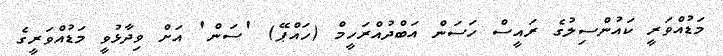
މަޑުއްވަރީ ކައުންސިލުގެ ރައީސް ހަސަން އަބްދުއްރަހީމް (ހައްޕޭ) 'ސަން' އަށް ވިދާޅުވީ މަޑުއްވަރީގެ